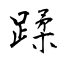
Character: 蹂